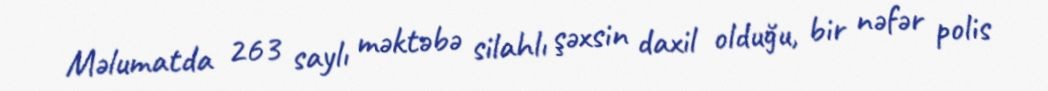
Məlumatda 263 saylı məktəbə silahlı şəxsin daxil olduğu, bir nəfər polis